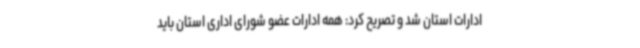
ادارات استان شد و تصریح کرد: همه ادارات عضو شورای اداری استان باید